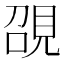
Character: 䙼